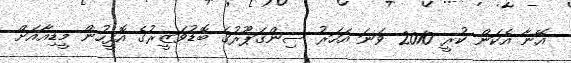
އޭނާ އެކަން ކުރީ 2010 ވަނަ އަހަރު ސިންގަޕޫރުގެ ބޮޑުވަޒީރުގެ އޮފީހުން މީޑިއާއަށް